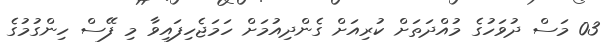
03 މަސް ދުވަހުގެ މުއްދަތަށް ކުރިއަށް ގެންދިއުމަށް ހަމަޖެހިފައިވާ މި ފޭސް ހިންގުމުގެ